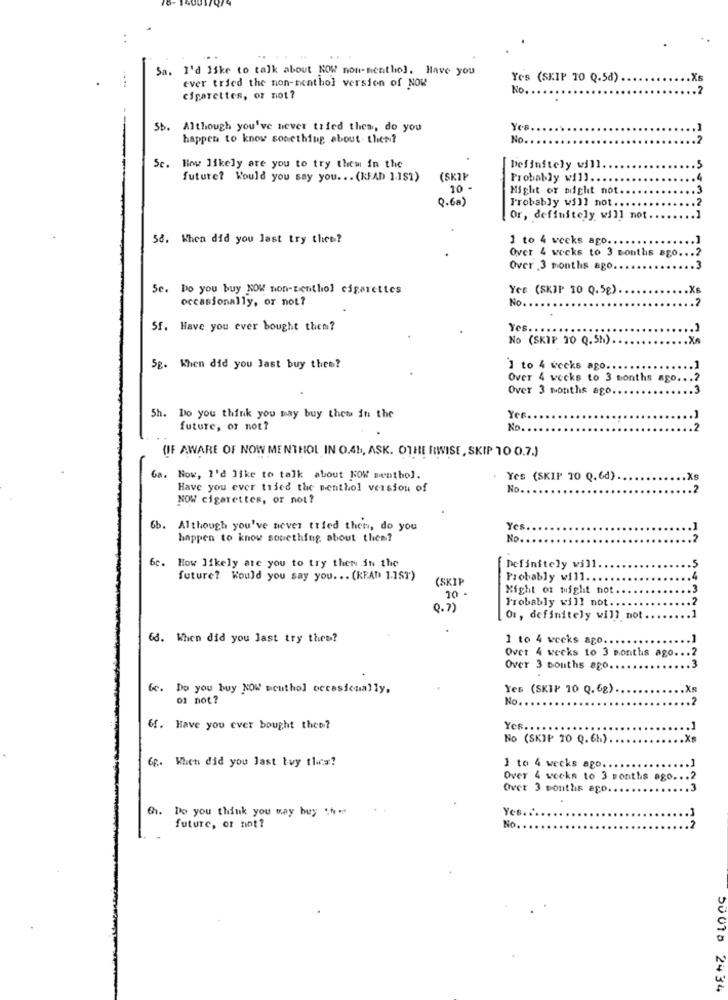
Sa. I'd like to talk about NOW non-menthol. Have you
ever tried the non-nenthol version of NOW
Yes (SKIP TO Q.5d)
No.
cigarettes, or not ?
Sb. Although you've never tried thea, do you
Yes
--
happen to know something about them?
No.
INUN
Sc. Bow likely are you to try them in the
Definitely will
future? Would you say you. .. (READ 1.151)
(SKIP
Probably will.
10 -
Might or might not
Q.6a)
Probably will not ..
Or, definitely will not
58. When did you last try thee?
1 to 4 weeks ago.
Over 4 weeks to 3 months ago ..
Over 3 months ago.
5c. Do you buy NOW non-zenthol cigarettes
Yes (SKIP TO Q.5g)
occasionally, or not?
No.
Sf. Have you ever bought them?
Yes.
No (SKIP 30 Q.5h)
5g. When did you Jast buy thee?
1 to 4 weeks ago ...
Over 4 weeks to 3 months ago.
Over 3 months ago ..
5h. Do you think you may buy them in the
Yer
future, or not?
No.
12
(IF AWARE OF NOW MENTHOL IN O.45, ASK. OTHERWISE, SKIP 10 0.7.)
Ga. Now, I'd like to talk about KOK menthol.
Yes (SKIP 10 Q.6d)
Have you ever tijed the menthol version of
No.
NOW cigarettes, or not?
6b. Although you've never tried then, do you
Yes
happen to know something about thee?
No.
12
6c.
How likely ate you to try them in the
[ Definitely will.
future? Would you say you. .. (READ 1.1ST')
(SKIP
Probably will.
Might or might not
10
Probably will not.
0. 7)
O1, definitely will not.
68. When did you last try thes?
1 to 4 weeks ago.
Over 4 weeks to 3 months ago ..
Over 3 months ago.
123
fc. Do you buy NOW meuthol occasionally.
Yes (SKIP 10 Q.6g).
of not?
No.
6f. Have you ever bought then?
Yes ..
No (SKIP 70 Q. 6H)
6g. When did you last buy them?
1 to 4 weeks ago.
Over 4 weeks to 3 months ago ... 2
Over 3 months ago ..
6h. Do you think you may buy ".h .
Yes .:
future, or not?
No.
50018 2434